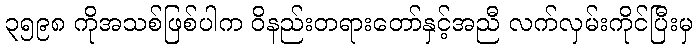
၃၅၉၈ ကိုအသစ်ဖြစ်ပါက ဝိနည်းတရားတော်နှင့်အညီ လက်လှမ်းကိုင်ပြီးမှ